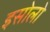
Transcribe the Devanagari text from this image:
इसोलो